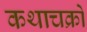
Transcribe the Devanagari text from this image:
कथाचक्रों